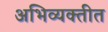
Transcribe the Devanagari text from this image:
अभिव्यक्तीत